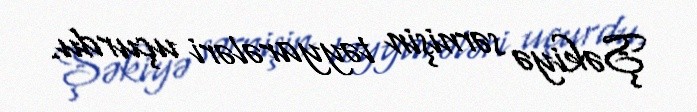
Şəkiyə sərnişin təyyarələri uçurdu.